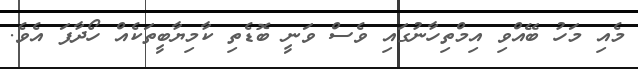
މެއި މަހު ބޭއްވި އިމްތިހާނުގައި ވެސް ވަނީ ބޮޑެތި ކާމިޔާބީތަކެއް ހޯދާފަ އެވެ.